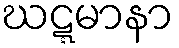
ဃဋ္ဋမာနာ